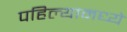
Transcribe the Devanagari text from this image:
पहिल्यामध्ये